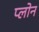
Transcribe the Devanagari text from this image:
प्लोन